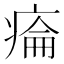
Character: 𤷔